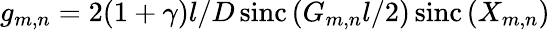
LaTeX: g_{m,n}=2(1+\gamma)l/D\operatorname{sinc}\left(G_{m,n}l/2\right)\operatorname{sinc}\left(X_{m,n}\right)